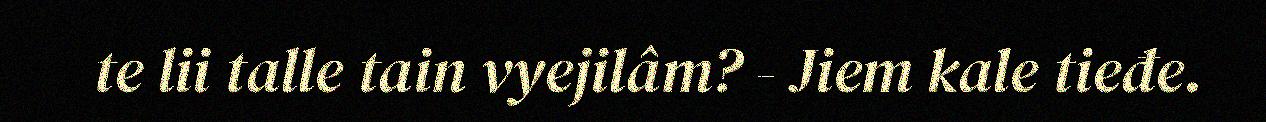
te lii talle tain vyejilâm? - Jiem kale tieđe.